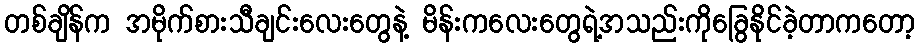
တစ်ချိန်က အမိုက်စားသီချင်းလေးတွေနဲ့ မိန်းကလေးတွေရဲ့အသည်းကိုခြွေနိုင်ခဲ့တာကတော့